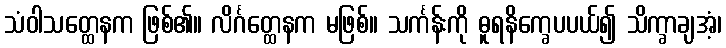
သံဝါသတ္ထေနက ဖြစ်၏။ လိင်္ဂတ္ထေနက မဖြစ်။ သင်္ကန်းကို ဓူရနိက္ခေပပယ်၍ သိက္ခာချအံ့၊